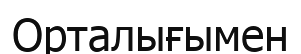
Орталығымен